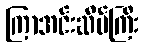
ကြာအင်းဆိပ်ကြီး